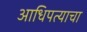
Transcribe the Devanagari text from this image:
आधिपत्याचा